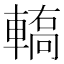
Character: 𨎄